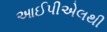
આઈપીએલથી